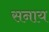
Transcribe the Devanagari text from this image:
सनाय